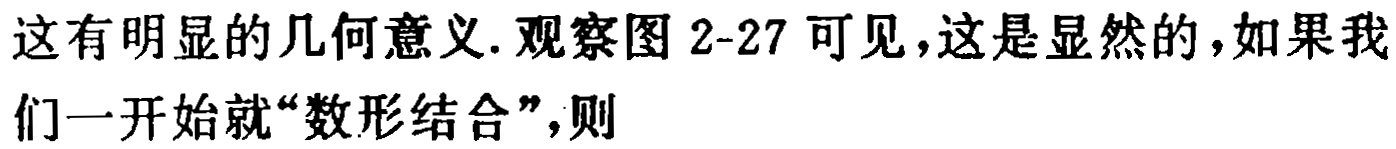
这有明显的几何意义. 观察图 2-27 可见，这是显然的，如果我们一开始就“数形结合”，则